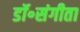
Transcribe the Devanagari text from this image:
डॉ॰संगीता